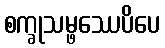
စက္ခုသမ္ဖဿေပိပေ